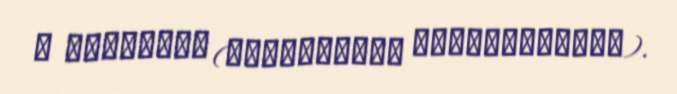
В КАРАБАХЕ (ТЕРРИТОРИИ АЗЕРБАЙДЖАНА).